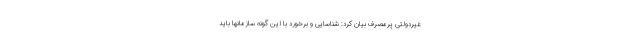
غیردولتی پرمصرف بیان کرد: شناسایی و برخورد با این گونه سازمانها باید